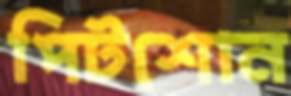
পিটশোন